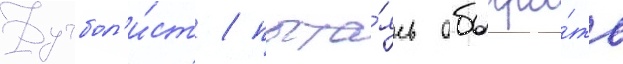
Футбол'и́ст / пыта́ясь обыгра́ть